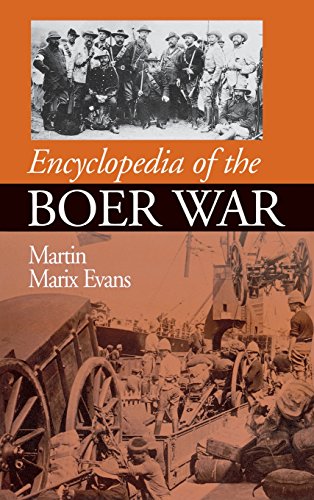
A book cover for Encyclopedia of the Boer War; Martin Marix Evans; Reference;